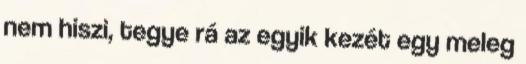
nem hiszi, tegye rá az egyik kezét egy meleg